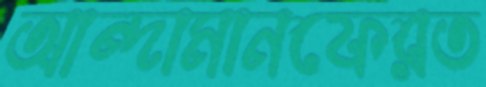
আন্দামানফেরত